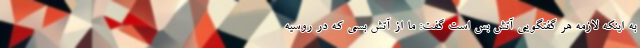
به اینکه لازمه هر گفتگویی آتش بس است گفت: ما از آتش بسی که در روسیه